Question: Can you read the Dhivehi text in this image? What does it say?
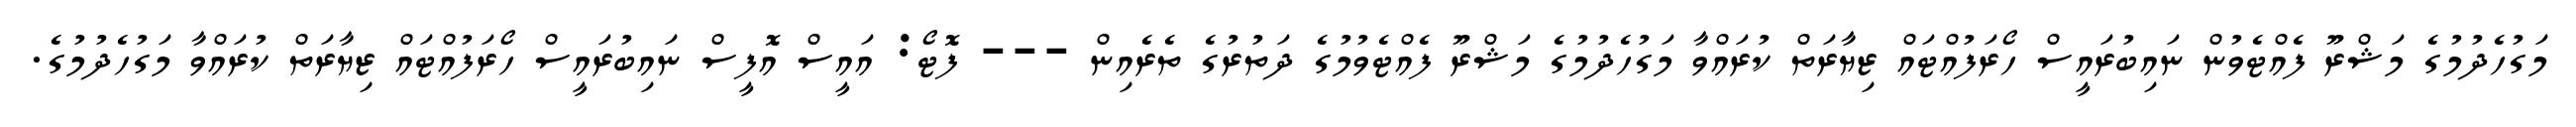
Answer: މަގުހެދުމުގެ މަޝްރޫ ފެއްޓެވުން ނައިބުރައީސް ހޯރަފުއްޓައް ޒިޔާރަތް ކުރައްވާ މަގުހެދުމުގެ މަޝްރޫ ފެއްޓެވުމުގެ ދަތުރުގެ ތެރެއިން --- ފޮޓޯ: އައީސް އޮފީސް ނައިބުރައީސް ހޯރަފުއްޓައް ޒިޔާރަތް ކުރައްވާ މަގުހެދުމުގެ.